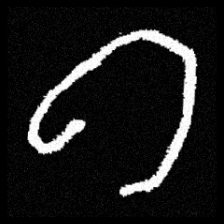
Pyu character \u2014 Myanmar letter: ဂ (romanized: ga)